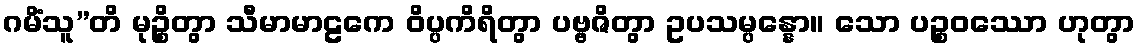
ဂမိံသူ”တိ မုဉ္စိတွာ သီမာမာဠကေ ဝိပ္ပကိရိတွာ ပဗ္ဗဇိတွာ ဥပသမ္ပန္နော။ သော ပဉ္စဝဿော ဟုတွာ